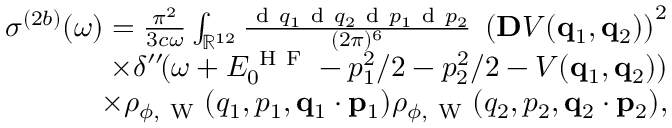
\begin{array} { r } { \sigma ^ { ( 2 b ) } ( \omega ) = \frac { \pi ^ { 2 } } { 3 c \omega } \int _ { \mathbb { R } ^ { 1 2 } } \frac { \ensuremath { \mathrm { ~ d ~ } } \b { q } _ { 1 } \ensuremath { \mathrm { ~ d ~ } } \b { q } _ { 2 } \ensuremath { \mathrm { ~ d ~ } } \b { p } _ { 1 } \ensuremath { \mathrm { ~ d ~ } } \b { p } _ { 2 } } { ( 2 \pi ) ^ { 6 } } \; \left( \ensuremath { \mathbf { D } } V ( \ensuremath { \mathbf { q } } _ { 1 } , \ensuremath { \mathbf { q } } _ { 2 } ) \right) ^ { 2 } } \\ { \times \delta ^ { \prime \prime } \! ( \omega + E _ { 0 } ^ { \mathrm { ~ H ~ F ~ } } - p _ { 1 } ^ { 2 } / 2 - p _ { 2 } ^ { 2 } / 2 - V ( \ensuremath { \mathbf { q } } _ { 1 } , \ensuremath { \mathbf { q } } _ { 2 } ) ) } \\ { \times \rho _ { \phi , \mathrm { ~ W ~ } } ( q _ { 1 } , p _ { 1 } , \ensuremath { \mathbf { q } } _ { 1 } \cdot \ensuremath { \mathbf { p } } _ { 1 } ) \rho _ { \phi , \mathrm { ~ W ~ } } ( q _ { 2 } , p _ { 2 } , \ensuremath { \mathbf { q } } _ { 2 } \cdot \ensuremath { \mathbf { p } } _ { 2 } ) , } \end{array}